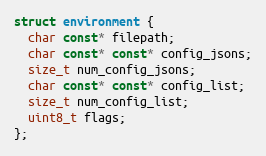
Language: C
struct environment {
  char const* filepath;
  char const* const* config_jsons;
  size_t num_config_jsons;
  char const* const* config_list;
  size_t num_config_list;
  uint8_t flags;
};